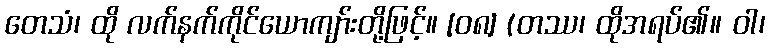
တေသံ၊ ထို လက်နက်ကိုင်ယောကျာ်းတို့ဖြင့်။ [၀၈] (တဿ၊ ထိုအရပ်၏။ ဝါ၊